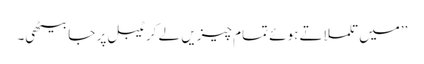
’’میں تلملاتے ہوئے تمام چیزیں لے کر ٹیبل پر جا بیٹھی۔